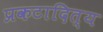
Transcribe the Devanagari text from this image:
प्रकटादित्य